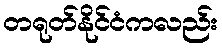
တရုတ်နိုင်ငံကလည်း